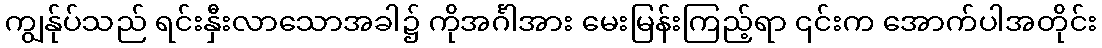
ကျွန်ုပ်သည် ရင်းနှီးလာသောအခါ၌ ကိုအင်္ဂါအား မေးမြန်းကြည့်ရာ ၎င်းက အောက်ပါအတိုင်း